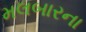
મલબારના